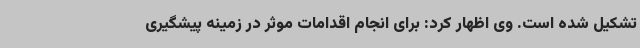
تشکیل شده است. وی اظهار کرد: برای انجام اقدامات موثر در زمینه پیشگیری